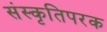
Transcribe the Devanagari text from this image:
संस्कृतिपरक